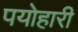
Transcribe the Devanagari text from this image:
पयोहारी